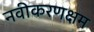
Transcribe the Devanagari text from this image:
नवीकरणक्षम